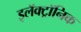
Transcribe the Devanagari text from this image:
इलॅक्ट्रॉनिक